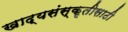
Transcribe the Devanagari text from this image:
खाद्यसंस्कृतीसाठी